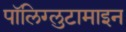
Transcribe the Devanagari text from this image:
पॉलिग्लुटामाइन